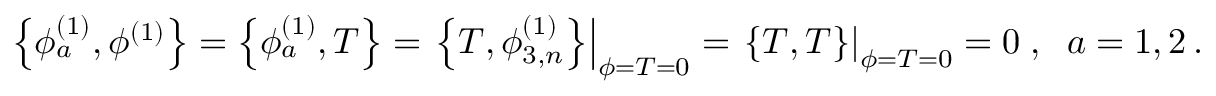
\left\{ \phi _ { a } ^ { ( 1 ) } , \phi ^ { ( 1 ) } \right\} = \left\{ \phi _ { a } ^ { ( 1 ) } , T \right\} = \left. \left\{ T , \phi _ { 3 , n } ^ { ( 1 ) } \right\} \right| _ { \phi = T = 0 } = \left. \left\{ T , T \right\} \right| _ { \phi = T = 0 } = 0 \; , \; \; a = 1 , 2 \, .